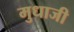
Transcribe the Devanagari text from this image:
मुधाजी